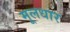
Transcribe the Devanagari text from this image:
मूलधार